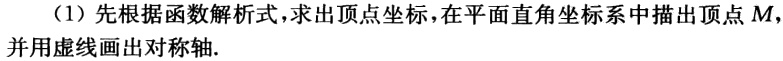
（1）先根据函数解析式，求出顶点坐标，在平面直角坐标系中描出顶点\(M\)，并用虚线画出对称轴.